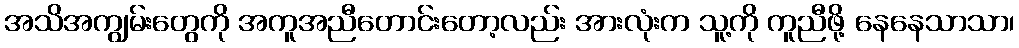
အသိအကျွမ်းတွေကို အကူအညီတောင်းတော့လည်း အားလုံးက သူ့ကို ကူညီဖို့ နေနေသာသာ၊